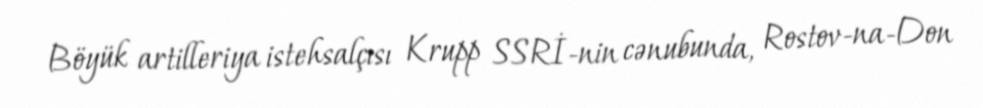
Böyük artilleriya istehsalçısı Krupp SSRİ-nin cənubunda, Rostov-na-Don